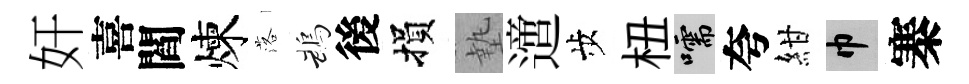
奸喜閻煉落鵡後損墊𨗁歩杻嚅夸紺巾寨